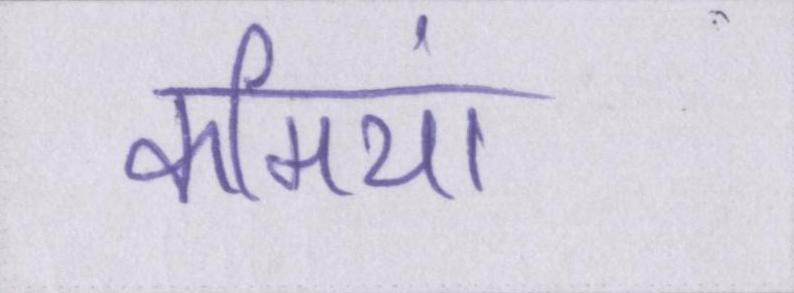
कमियां